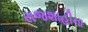
રાજશાહીના